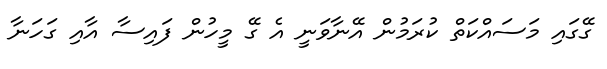
ގޭގައި މަސައްކަތް ކުރަމުން އޭނާވަނީ އެ ގޭ މީހުން ފައިސާ އާއި ގަހަނާ